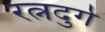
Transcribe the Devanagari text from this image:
रत्नदुर्ग